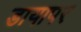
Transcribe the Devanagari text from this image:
डायापर